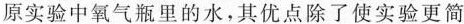
原实验中氧气瓶里的水，其优点除了使实验更